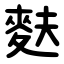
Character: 麩